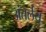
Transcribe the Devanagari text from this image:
अंतर्लय